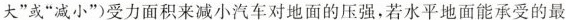
大”或”减小“)受力面积来减小汽车对地面的压强，若水平地面能承受的最